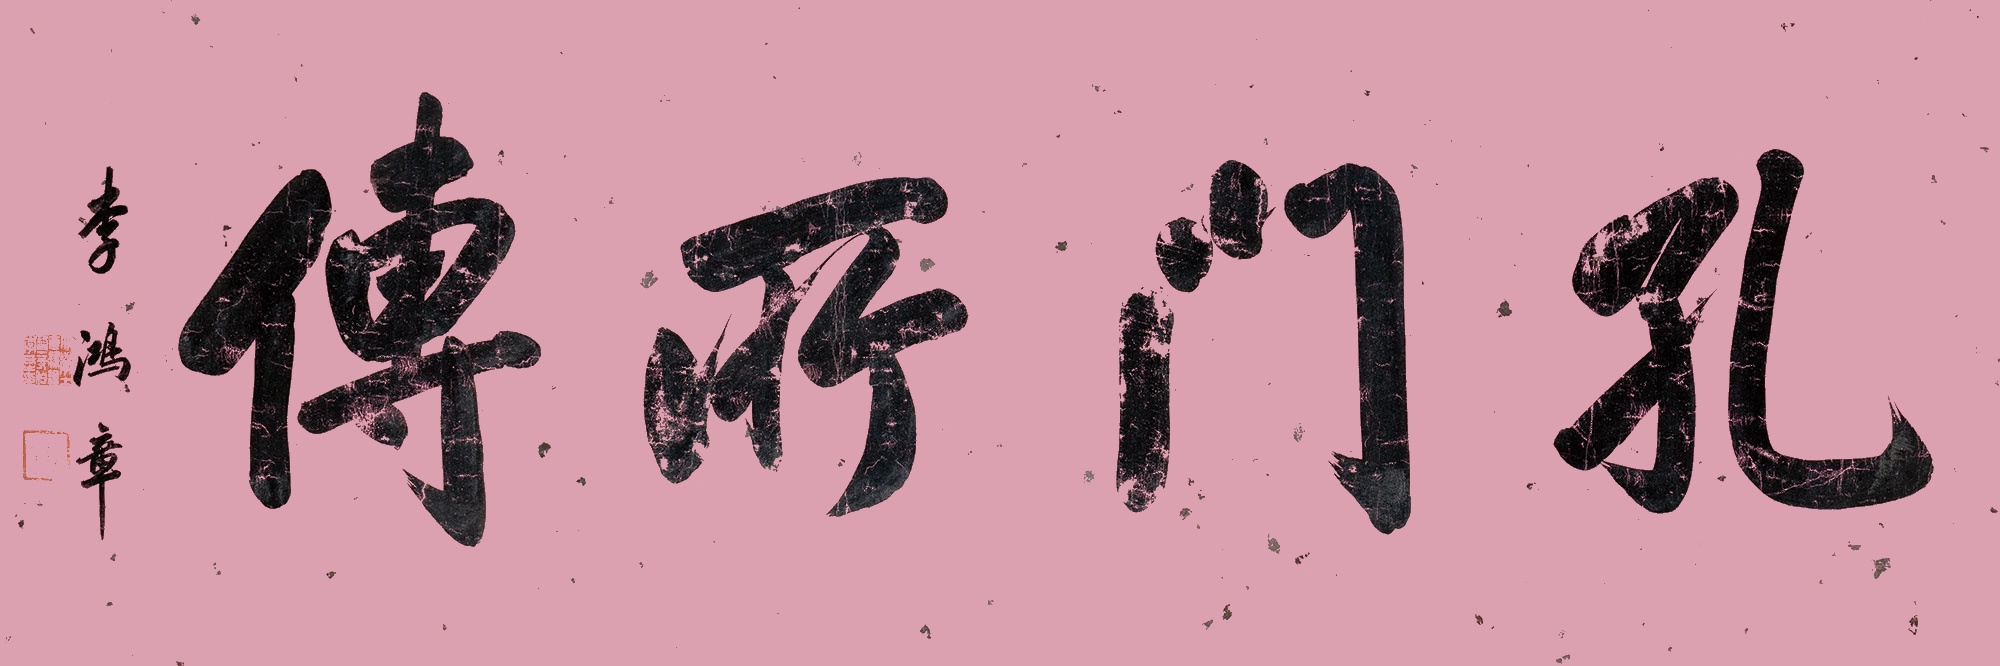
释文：孔门所传李鸿章。